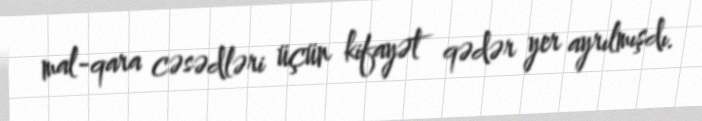
mal-qara cəsədləri üçün kifayət qədər yer ayrılmışdı.